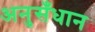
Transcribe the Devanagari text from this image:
अनुसँधान